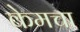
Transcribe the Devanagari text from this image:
केमचा